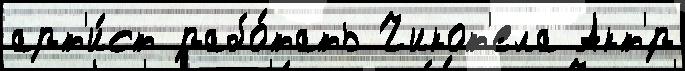
арт'и́ст рабо́тать Чикот'ела Акт'́р